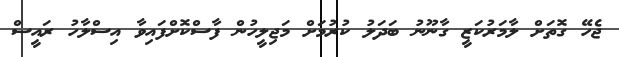
ޖެހޭ ގޮތަށް ލާމަރުކަޒީ ގާނޫނު ބަދަލު ކުރުމަށް މަޖިލީހުން ފާސްކޮށްފައިވާ އިސްލާހު ރައީސް